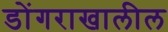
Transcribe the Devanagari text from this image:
डोंगराखालील